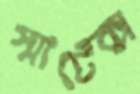
স্মার্টেক্স